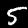
Label: 5